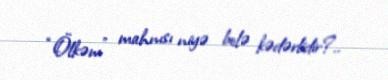
“Ölkəm” mahnısı niyə belə kədərlidir?..